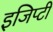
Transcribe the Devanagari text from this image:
इजिप्टी